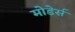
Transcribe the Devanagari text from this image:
मोडेर्स